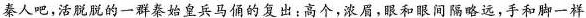
秦人吧,活脱脱的一群秦始皇兵马俑的复出高个,浓眉,眼和眼间隔略远,手和脚一样